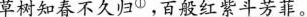
草树知春不久归①，百般红紫斗芳菲。